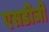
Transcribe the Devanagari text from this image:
एसडीजी